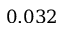
0 . 0 3 2